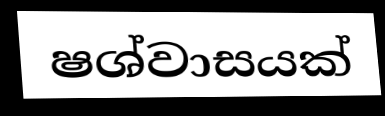
ෂශ්වාසයක්